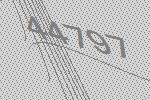
44797